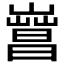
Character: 𣋎